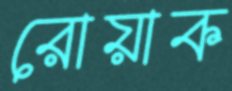
রোয়াক